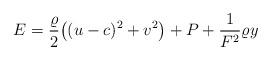
LaTeX: \begin{align*} E=\dfrac{\varrho}{2}\big((u-c)^2+v^2\big)+P+\dfrac{1}{F^2}\varrho y\end{align*}